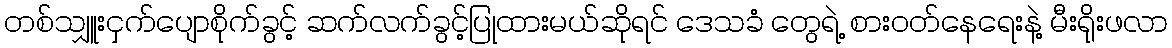
တစ်သျှူးငှက်ပျောစိုက်ခွင့် ဆက်လက်ခွင့်ပြုထားမယ်ဆိုရင် ဒေသခံ တွေရဲ့ စားဝတ်နေရေးနဲ့ မီးရိုးဖလာ